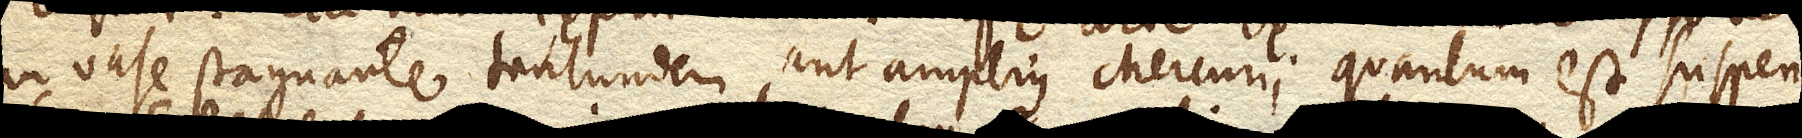
in vase stagnante tantundem aut amplius Mercurii quantum est suspen–